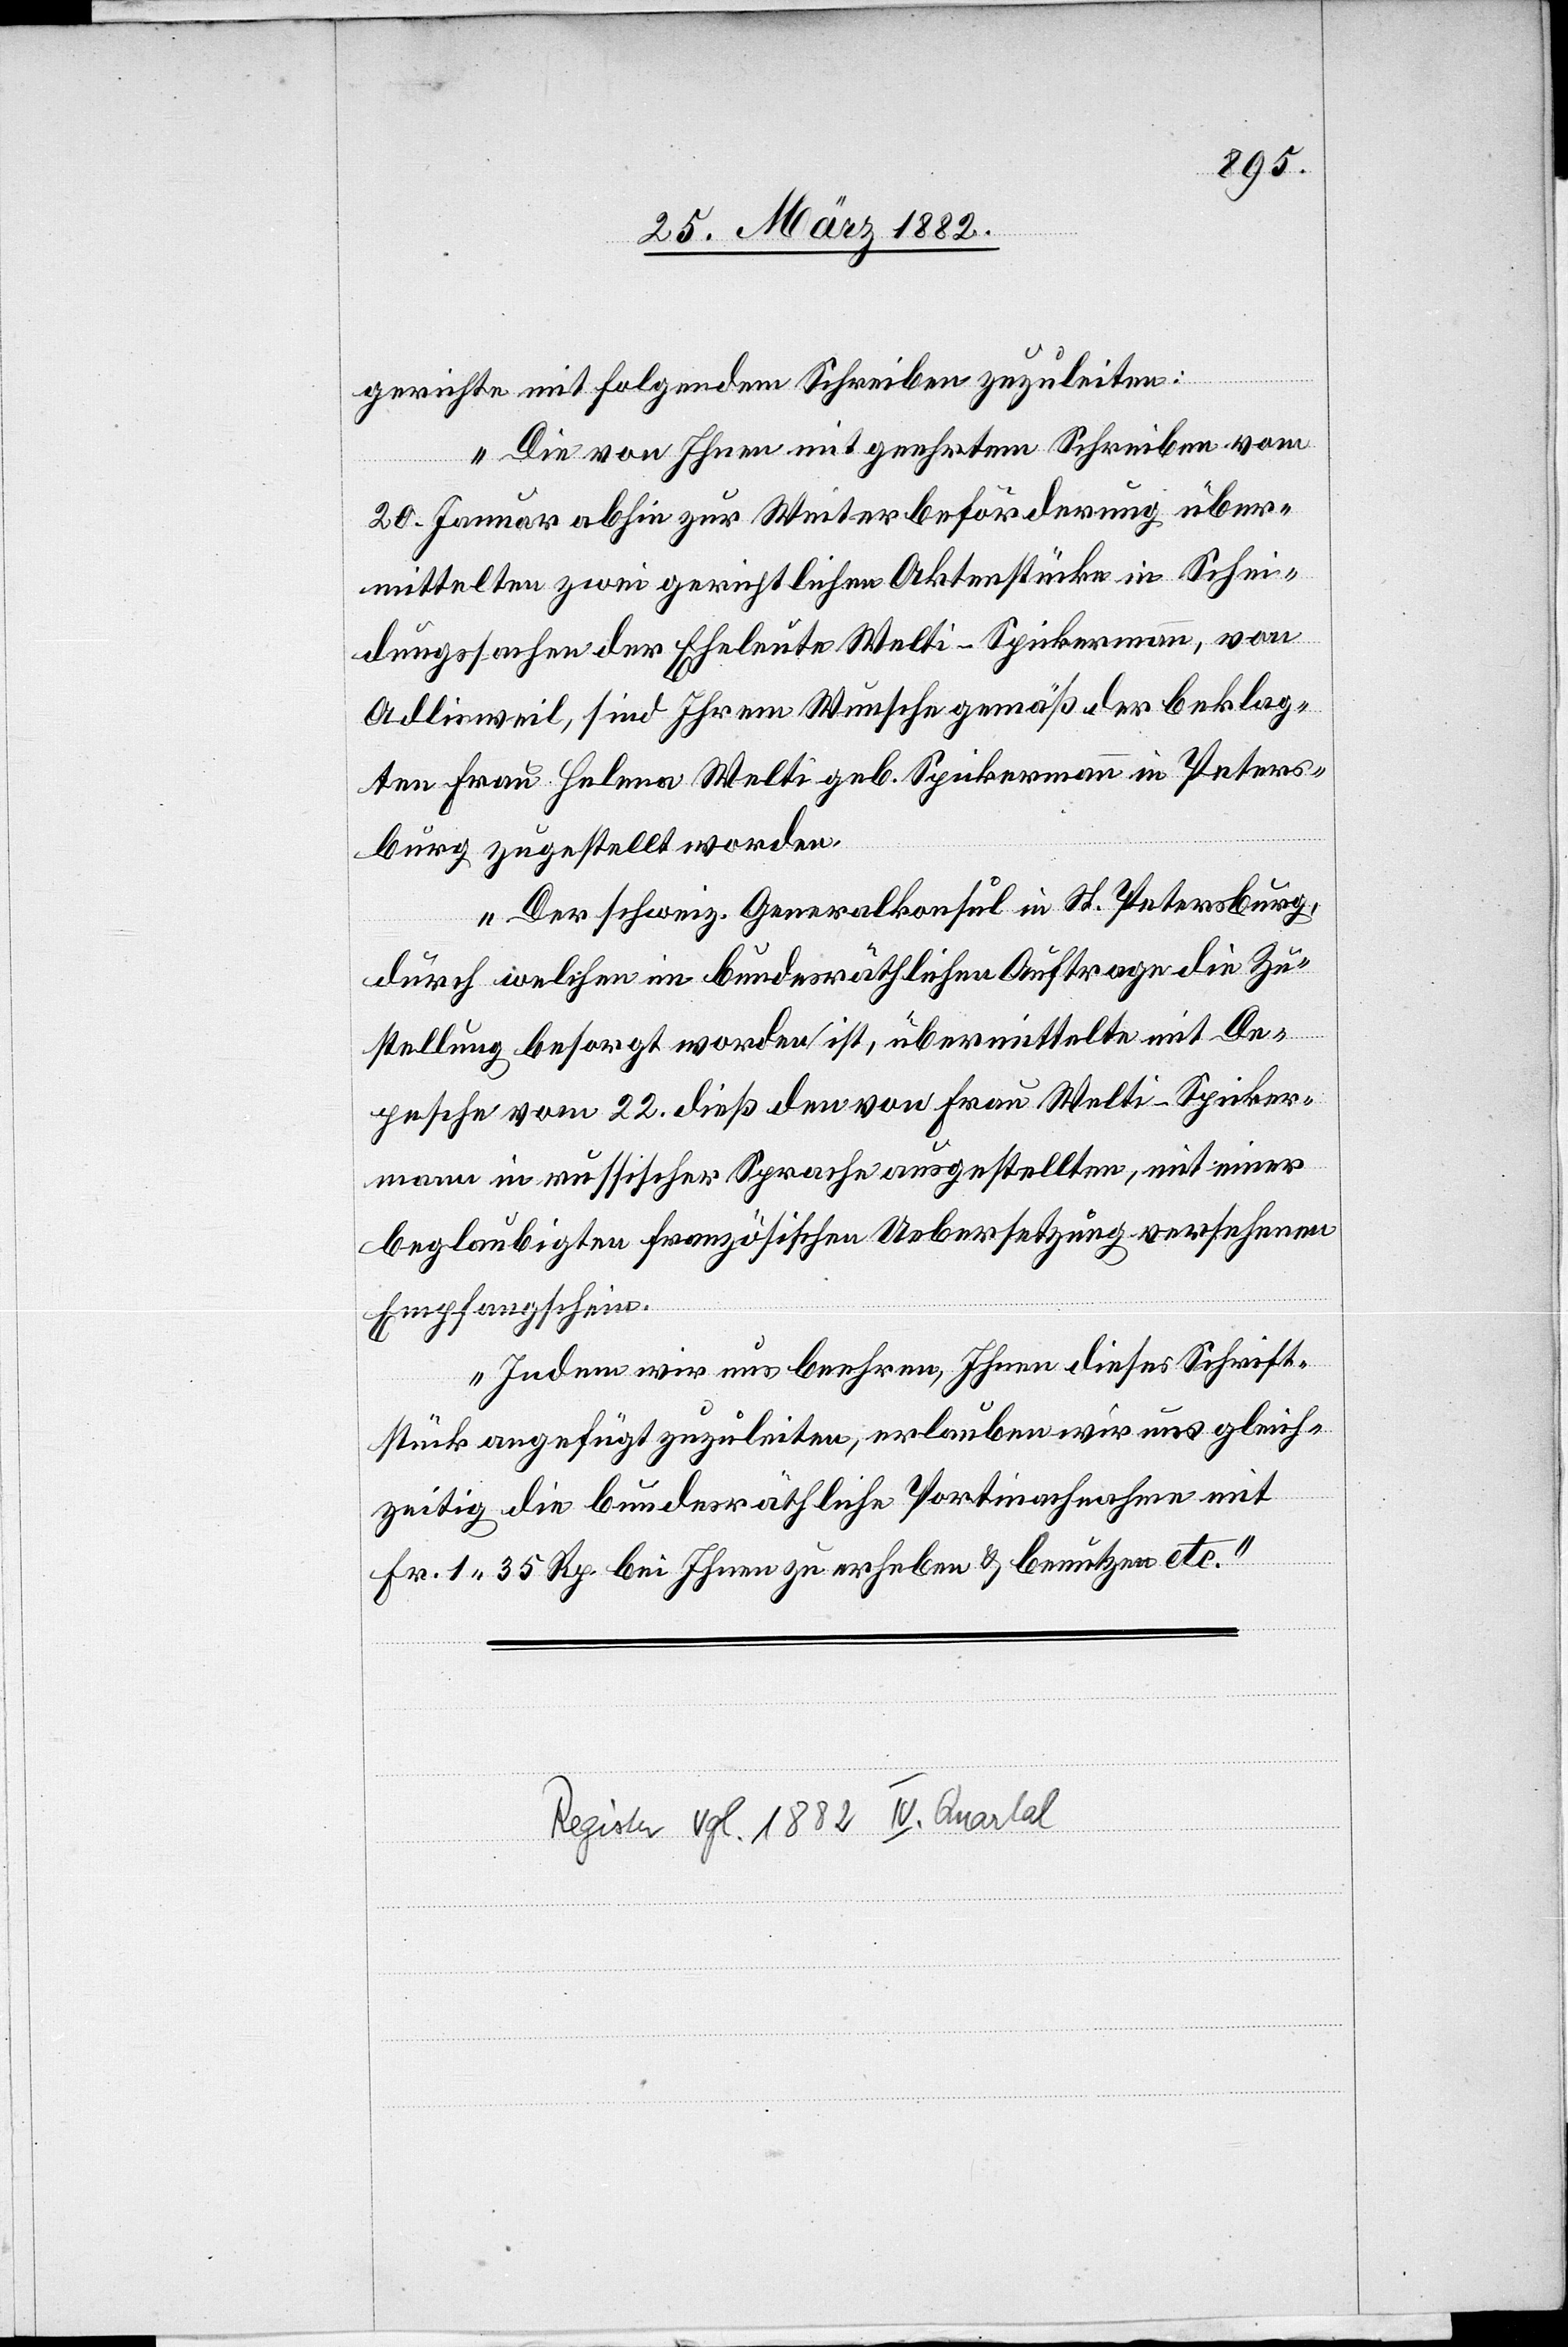
gerichte mit folgendem Schreiben zuzuleiten:
„Die von Ihnen mit geehrtem Schreiben vom
20. Januar abhin zur Weiterbeförderung über¬
mittelten zwei gerichtlichen Aktenstücken in Schei¬
dungssachen der Eheleute Welti-Spickermann, von
Adlisweil, sind Ihrem Wunsche gemäß der beklag¬
ten Frau Helena Welti geb. Spickermann in Peters¬
burg zugestellt worden.
Der schweiz. Generalkonsul in St. Petersburg,
durch welchen in bundesräthlichen Auftrage die Zu¬
stellung besorgt worden ist, übermittelte mit De¬
pesche vom 22. dieß den von Frau Welti-Spicker¬
mann in russischer Sprache ausgestellten, mit einer
beglaubigten französischen Uebersetzung versehenen
Empfangschein.
Indem wir uns beehren, Ihnen dieses Schrift¬
stück angefügt zuzuleiten, erlauben wir uns gleich¬
zeitig die bundesräthliche Portienachnahme mit
Fr. 1 35 Rp. bei Ihnen zu erheben & benutzen etc.“